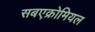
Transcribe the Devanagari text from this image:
सबएक्रोमियल